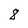
Character: 8